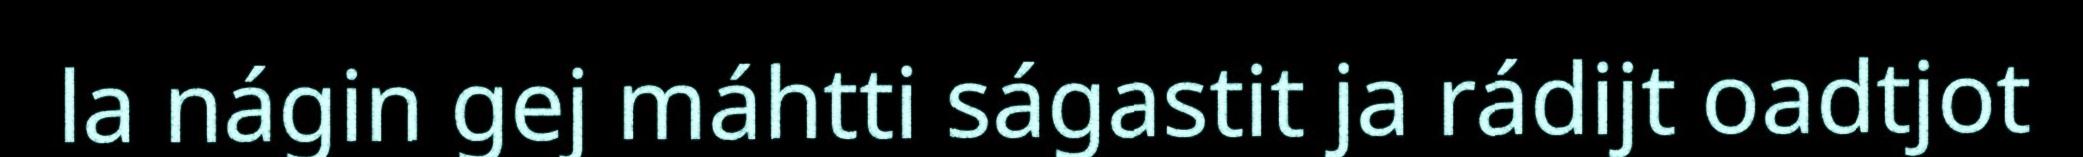
la nágin gej máhtti ságastit ja rádijt oadtjot